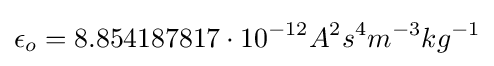
\epsilon _{o}=8.854187817\cdot 10^{-12}A^{2}s^{4}m^{-3}kg^{-1}